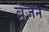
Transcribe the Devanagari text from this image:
ब्रेज़न